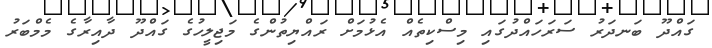
ގައްދޫ ބަނދަރު ސަރަހައްދުގައި މިސްކިތެއް އެޅުމަށް ރައްޔިތުންގެ މަޖިލީހުގެ ގައްދޫ ދާއިރާގެ މެމްބަރު